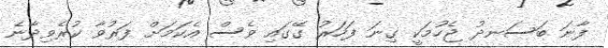
ފާނަ ބަސަނދު ޖެހުމަކީ ގިނަ ފަހަރު ގޭގައި ވެސް އެކަމަށް ފަރުވާ ކުރެވިދާނެ